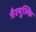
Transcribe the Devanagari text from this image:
गैरमुल्कि